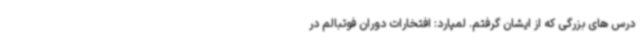
درس های بزرگی که از ایشان گرفتم. لمپارد: افتخارات دوران فوتبالم در